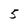
Character: 5